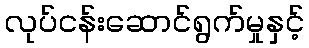
လုပ်ငန်းဆောင်ရွက်မှုနှင့်